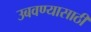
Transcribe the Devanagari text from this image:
उबवण्यासाठी